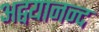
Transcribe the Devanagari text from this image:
अद्वयानन्द